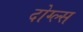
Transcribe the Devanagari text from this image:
दोग्ल्स